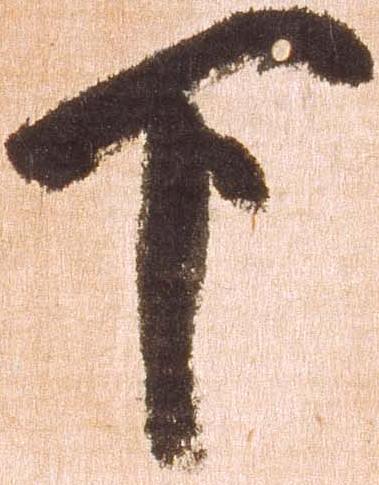
下